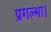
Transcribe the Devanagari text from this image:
प्रगल्भा।